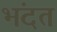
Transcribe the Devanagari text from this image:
भंदत